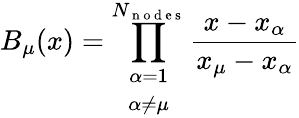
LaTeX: B_{\mu}(x)=\prod_{\begin{array}{c}{\alpha=1}\\ {\alpha\neq\mu}\end{array}}^{N_{\mathrm{~n~o~d~e~s~}}}\frac{x-x_{\alpha}}{x_{\mu}-x_{\alpha}}